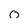
Character: 0